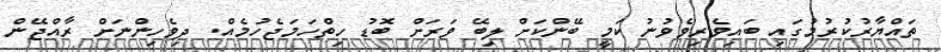
ތައްޔާރުކުރުމުގައި ބައިވެރިވެވުނު ކަމީ ބޭންކަށް ލިބޭ ވަރަށް ބޮޑު ހިތްހަމަޖެހުމެއް. ދިވެހިންނަށް ރާއްޖޭން